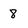
Character: 8